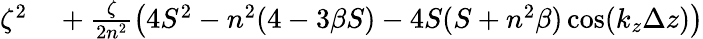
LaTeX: \begin{array}{rl}{\zeta^{2}}&{{}+\frac{\zeta}{2n^{2}}\left(4S^{2}-n^{2}(4-3\beta S)-4S(S+n^{2}\beta)\cos(k_{z}\Delta z)\right)}\end{array}